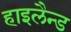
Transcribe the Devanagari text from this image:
हाइलैन्ड